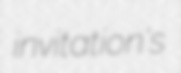
invitation's